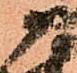
尉